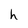
Character: h